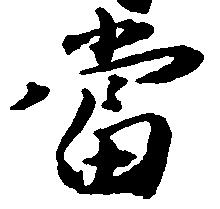
当